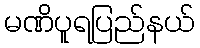
မဏိပူရပြည်နယ်